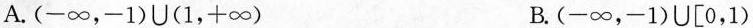
A.\left ( -\infty，-1\right )\cup\left ( 1，+\infty \right ) B.\left ( -\infty，-1 \right )\cup\left [ 0,1 \right )